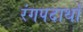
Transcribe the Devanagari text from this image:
रंगपदार्थां